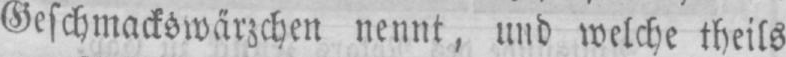
Geschmackswärzchen nennt, und welche theils